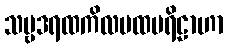
သဗ္ဗဒရထကိလမထပရိဠာဟာ